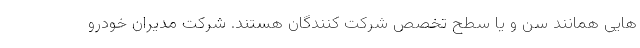
هایی همانند سن و یا سطح تخصص شرکت کنندگان هستند. شرکت مدیران خودرو